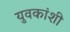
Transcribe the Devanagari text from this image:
युवकांशी